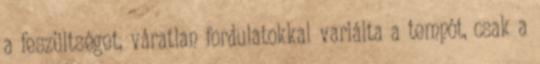
a feszültséget, váratlan fordulatokkal variálta a tempót, csak a